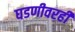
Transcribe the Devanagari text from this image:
घडणीवरही